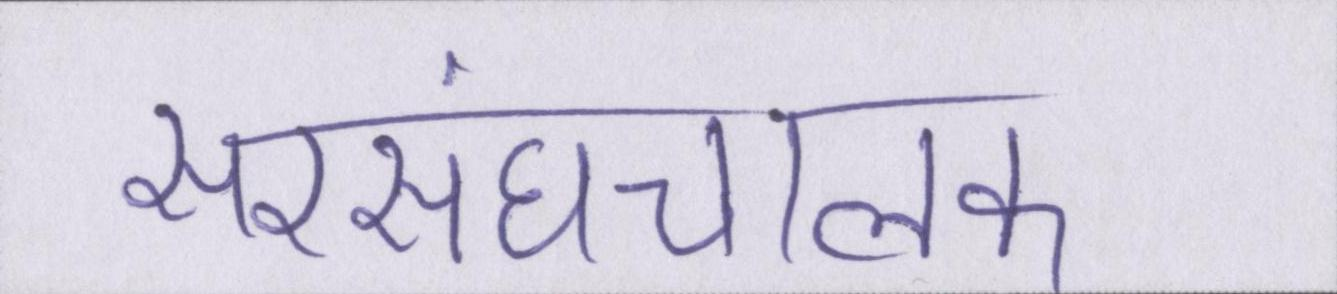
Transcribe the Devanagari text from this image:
सरसंघचालक